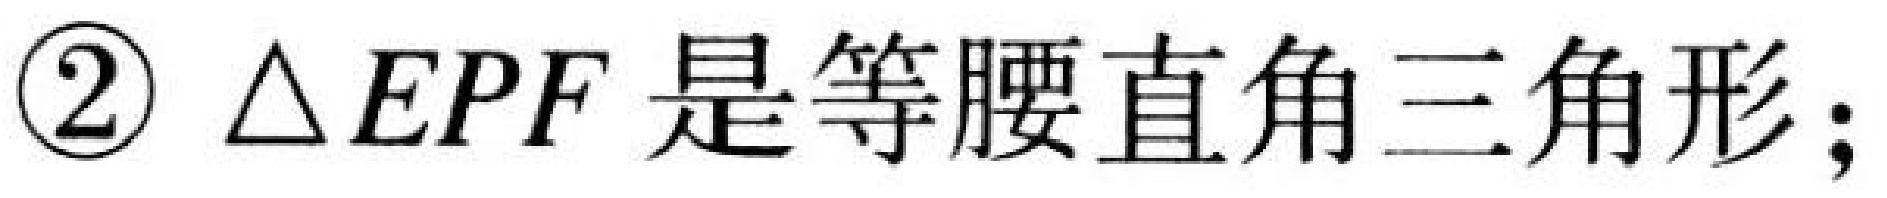
\textcircled{2} $\triangle EPF$ 是等腰直角三角形;